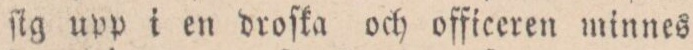
ſig upp i en droſka och officeren minnes